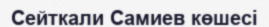
Сейткали Самиев көшесі